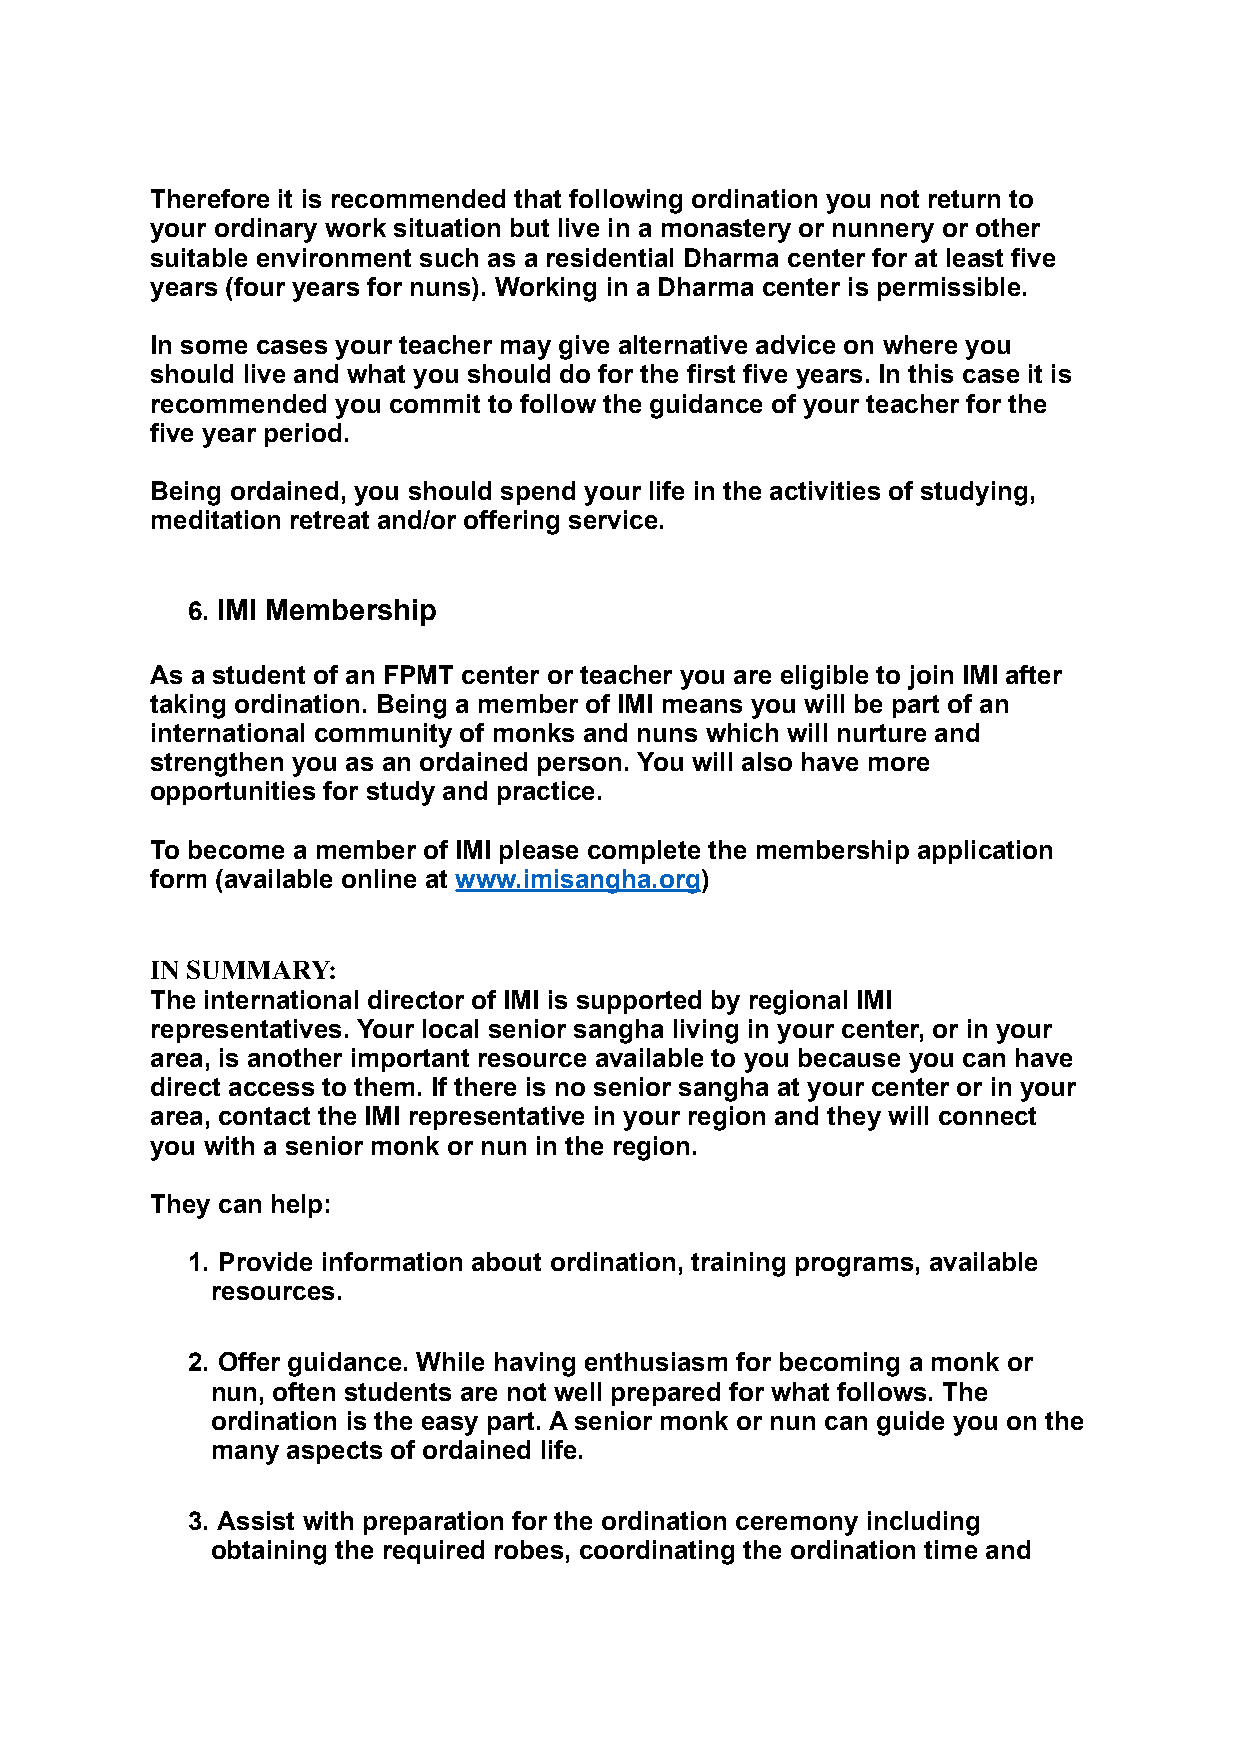
!
 Therefore it is recommended that following ordination you not return to
 your ordinary work situation but live in a monastery or nunnery or other
 suitable environment such as a residential Dharma center for at least five
 years (four years for nuns). Working in a Dharma center is permissible.
 !
 In some cases your teacher may give alternative advice on where you
 should live and what you should do for the first five years. In this case it is
 recommended you commit to follow the guidance of your teacher for the
 five year period.
 !
 Being ordained, you should spend your life in the activities of studying,
 meditation retreat and/or offering service.
 !
 !
 6. IMI Membership
 !
 As a student of an FPMT center or teacher you are eligible to join IMI after
 taking ordination. Being a member of IMI means you will be part of an
 international community of monks and nuns which will nurture and
 strengthen you as an ordained person. You will also have more
 opportunities for study and practice.
 !
 To become a member of IMI please complete the membership application
 form (available online at www.imisangha.org)
 !
 !
 IN SUMMARY:
 The international director of IMI is supported by regional IMI
 representatives. Your local senior sangha living in your center, or in your
 area, is another important resource available to you because you can have
 direct access to them. If there is no senior sangha at your center or in your
 area, contact the IMI representative in your region and they will connect
 you with a senior monk or nun in the region.
 !
 They can help:
 !
 1. Provide information about ordination, training programs, available
 resources.
 !
 2. Offer guidance. While having enthusiasm for becoming a monk or
 nun, often students are not well prepared for what follows. The
 ordination is the easy part. A senior monk or nun can guide you on the
 many aspects of ordained life.
 !
 3. Assist with preparation for the ordination ceremony including
 obtaining the required robes, coordinating the ordination time and